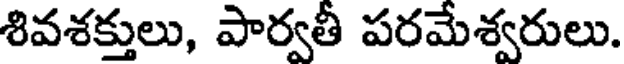
శివశక్తులు, పార్వతీ పరమేశ్వరులు.